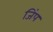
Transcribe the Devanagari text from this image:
जिंप